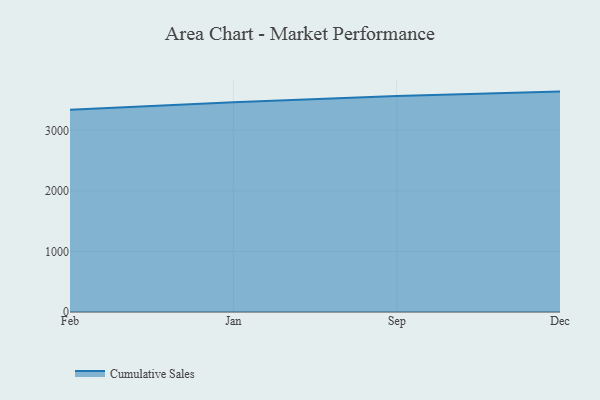
{"axis": {"x": "Month", "y": "Net Income (USD K)"}, "legend": ["Cumulative Sales"], "data": [{"x": "Feb", "y": 3338.2, "type": "Cumulative Sales"}, {"x": "Jan", "y": 3461.2, "type": "Cumulative Sales"}, {"x": "Sep", "y": 3566.7, "type": "Cumulative Sales"}, {"x": "Dec", "y": 3638.9, "type": "Cumulative Sales"}]}